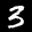
Label: 3